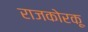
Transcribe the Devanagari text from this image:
राजकोरकू